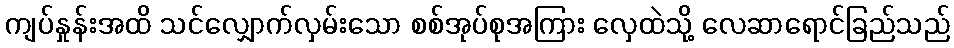
ကျပ်နှုန်းအထိ သင်လျှောက်လှမ်းသော စစ်အုပ်စုအကြား လှေထဲသို့ လေဆာရောင်ခြည်သည်